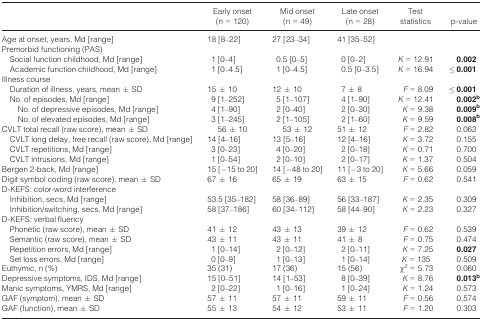
<table><thead><tr><td></td><td><b>Early onset (n = 120)</b></td><td><b>Mid onset (n = 49)</b></td><td><b>Late onset (n = 28)</b></td><td><b>Test statistics</b></td><td><b>p-value</b></td></tr></thead><tbody><tr><td>Age at onset, years, Md [range]</td><td>18 [8–22]</td><td>27 [23–34]</td><td>41 [35–52]</td><td></td><td></td></tr><tr><td colspan="6">Premorbid functioning (PAS)</td></tr><tr><td> Social function childhood, Md [range]</td><td>1 [0–4]</td><td>0.5 [0–5]</td><td>0 [0–2]</td><td><i>K</i> = 12.91</td><td><b>0.002</b></td></tr><tr><td> Academic function childhood, Md [range]</td><td>1 [0–4.5]</td><td>1 [0–4.5]</td><td>0.5 [0–3.5]</td><td><i>K</i> = 16.94</td><td><b>≤0.001</b></td></tr><tr><td colspan="6">Illness course</td></tr><tr><td> Duration of illness, years, mean ± SD</td><td>15 ± 10</td><td>12 ± 10</td><td>7 ± 8</td><td><i>F</i> = 8.09</td><td><b>≤0.001</b></td></tr><tr><td> No. of episodes, Md [range]</td><td>9 [1–252]</td><td>5 [1–107]</td><td>4 [1–90]</td><td><i>K</i> = 12.41</td><td><b>0.002</b>b</td></tr><tr><td>No. of depressive episodes, Md [range]</td><td>4 [1–90]</td><td>2 [0–40]</td><td>2 [0–30]</td><td><i>K</i> = 9.38</td><td><b>0.009</b>b</td></tr><tr><td>No. of elevated episodes, Md [range]</td><td>3 [1–245]</td><td>2 [1–105]</td><td>2 [1–60]</td><td><i>K</i> = 9.59</td><td><b>0.008</b>b</td></tr><tr><td>CVLT total recall (raw score), mean ± SD</td><td>56 ± 10</td><td>53 ± 12</td><td>51 ± 12</td><td><i>F</i> = 2.82</td><td>0.062</td></tr><tr><td> CVLT long delay, free recall (raw score), Md [range]</td><td>14 [4–16]</td><td>13 [5–16]</td><td>12 [4–16]</td><td><i>K</i> = 3.72</td><td>0.155</td></tr><tr><td> CVLT repetitions, Md [range]</td><td>3 [0–23]</td><td>4 [0–20]</td><td>2 [0–18]</td><td><i>K</i> = 0.71</td><td>0.700</td></tr><tr><td> CVLT intrusions, Md [range]</td><td>1 [0–54]</td><td>2 [0–10]</td><td>2 [0–17]</td><td><i>K</i> = 1.37</td><td>0.504</td></tr><tr><td>Bergen 2-back, Md [range]</td><td>15 [−15 to 20]</td><td>14 [−48 to 20]</td><td>11 [−3 to 20]</td><td><i>K</i> = 5.66</td><td>0.059</td></tr><tr><td>Digit symbol coding (raw score), mean ± SD</td><td>67 ± 16</td><td>65 ± 19</td><td>63 ± 15</td><td><i>F</i> = 0.62</td><td>0.541</td></tr><tr><td colspan="6">D-KEFS: color-word interference</td></tr><tr><td> Inhibition, secs, Md [range]</td><td>53.5 [35–182]</td><td>58 [36–89]</td><td>56 [33–187]</td><td><i>K</i> = 2.35</td><td>0.309</td></tr><tr><td> Inhibition/switching, secs, Md [range]</td><td>58 [37–186]</td><td>60 [34–112]</td><td>58 [44–90]</td><td><i>K</i> = 2.23</td><td>0.327</td></tr><tr><td colspan="6">D-KEFS: verbal fluency</td></tr><tr><td> Phonetic (raw score), mean ± SD</td><td>41 ± 12</td><td>43 ± 13</td><td>39 ± 12</td><td><i>F</i> = 0.62</td><td>0.539</td></tr><tr><td> Semantic (raw score), mean ± SD</td><td>43 ± 11</td><td>43 ± 11</td><td>41 ± 8</td><td><i>F</i> = 0.75</td><td>0.474</td></tr><tr><td> Repetition errors, Md [range]</td><td>1 [0–14]</td><td>2 [0–12]</td><td>2 [0–11]</td><td><i>K</i> = 7.25</td><td><b>0.027</b></td></tr><tr><td> Set loss errors, Md [range]</td><td>0 [0–9]</td><td>1 [0–13]</td><td>1 [0–14]</td><td><i>K</i> = 135</td><td>0.509</td></tr><tr><td>Euthymic, n (%)</td><td>35 (31)</td><td>17 (36)</td><td>15 (56)</td><td>χ<sup>2</sup> = 5.73</td><td>0.060</td></tr><tr><td>Depressive symptoms, IDS, Md [range]</td><td>15 [0–51]</td><td>14 [1–53]</td><td>8 [0–39]</td><td><i>K</i> = 8.76</td><td><b>0.013</b>b</td></tr><tr><td>Manic symptoms, YMRS, Md [range]</td><td>2 [0–22]</td><td>1 [0–16]</td><td>1 [0–24]</td><td><i>K</i> = 1.24</td><td>0.573</td></tr><tr><td>GAF (symptom), mean ± SD</td><td>57 ± 11</td><td>57 ± 11</td><td>59 ± 11</td><td><i>F</i> = 0.56</td><td>0.574</td></tr><tr><td>GAF (function), mean ± SD</td><td>55 ± 13</td><td>54 ± 12</td><td>53 ± 11</td><td><i>F</i> = 1.20</td><td>0.303</td></tr></tbody></table>